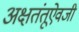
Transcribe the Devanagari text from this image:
अक्षतंतूऐवजी